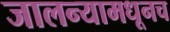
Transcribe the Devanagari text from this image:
जालन्यामधूनच